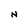
Character: N